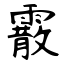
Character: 霰